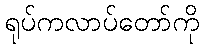
ရုပ်ကလာပ်တော်ကို